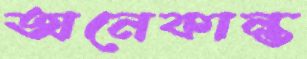
অনেকান্ত